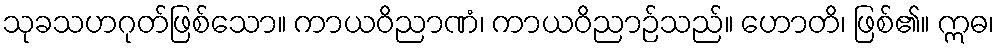
သုခသဟဂုတ်ဖြစ်သော။ ကာယဝိညာဏံ၊ ကာယဝိညာဉ်သည်။ ဟောတိ၊ ဖြစ်၏။ ဣဓ၊